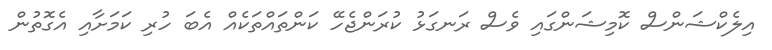
އިލެކްޝަންސް ކޮމިޝަންގައި ވެސް ރަނގަޅު ކުރަންޖެހޭ ކަންތައްތަކެއް އެބަ ހުރި ކަމަށާއި އެގޮތުން